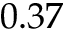
0 . 3 7